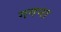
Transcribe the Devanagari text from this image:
गगना